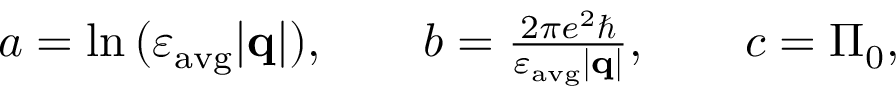
\begin{array} { r } { a = \ln { ( \varepsilon _ { \mathrm { a v g } } | \mathbf { q } | ) } , \qquad b = \frac { 2 \pi e ^ { 2 } \hbar } { \varepsilon _ { \mathrm { a v g } } | \mathbf { q } | } , \qquad c = \Pi _ { 0 } , } \end{array}